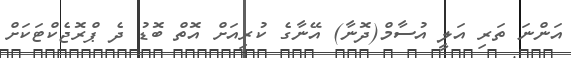
އަންނަ ތަރި އަލީ އުސާމް(ދޮނާ) އޭނާގެ ކުރިއަށް އޮތް ބޮޑު ދެ ޕްރޮޖެކްޓަކަށް